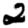
Digit: 2